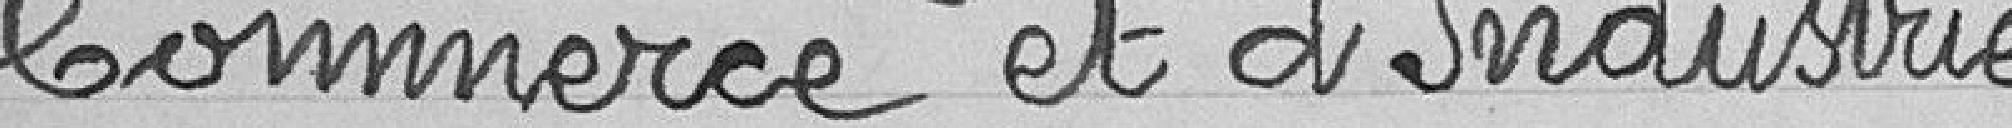
commerce et d’industrie